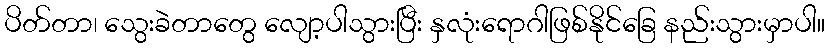
ပိတ်တာ၊ သွေးခဲတာတွေ လျော့ပါသွားပြီး နှလုံးရောဂါဖြစ်နိုင်ခြေ နည်းသွားမှာပါ။